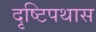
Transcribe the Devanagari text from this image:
दृष्टिपथास